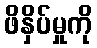
ဖိနှိပ်မှုကို